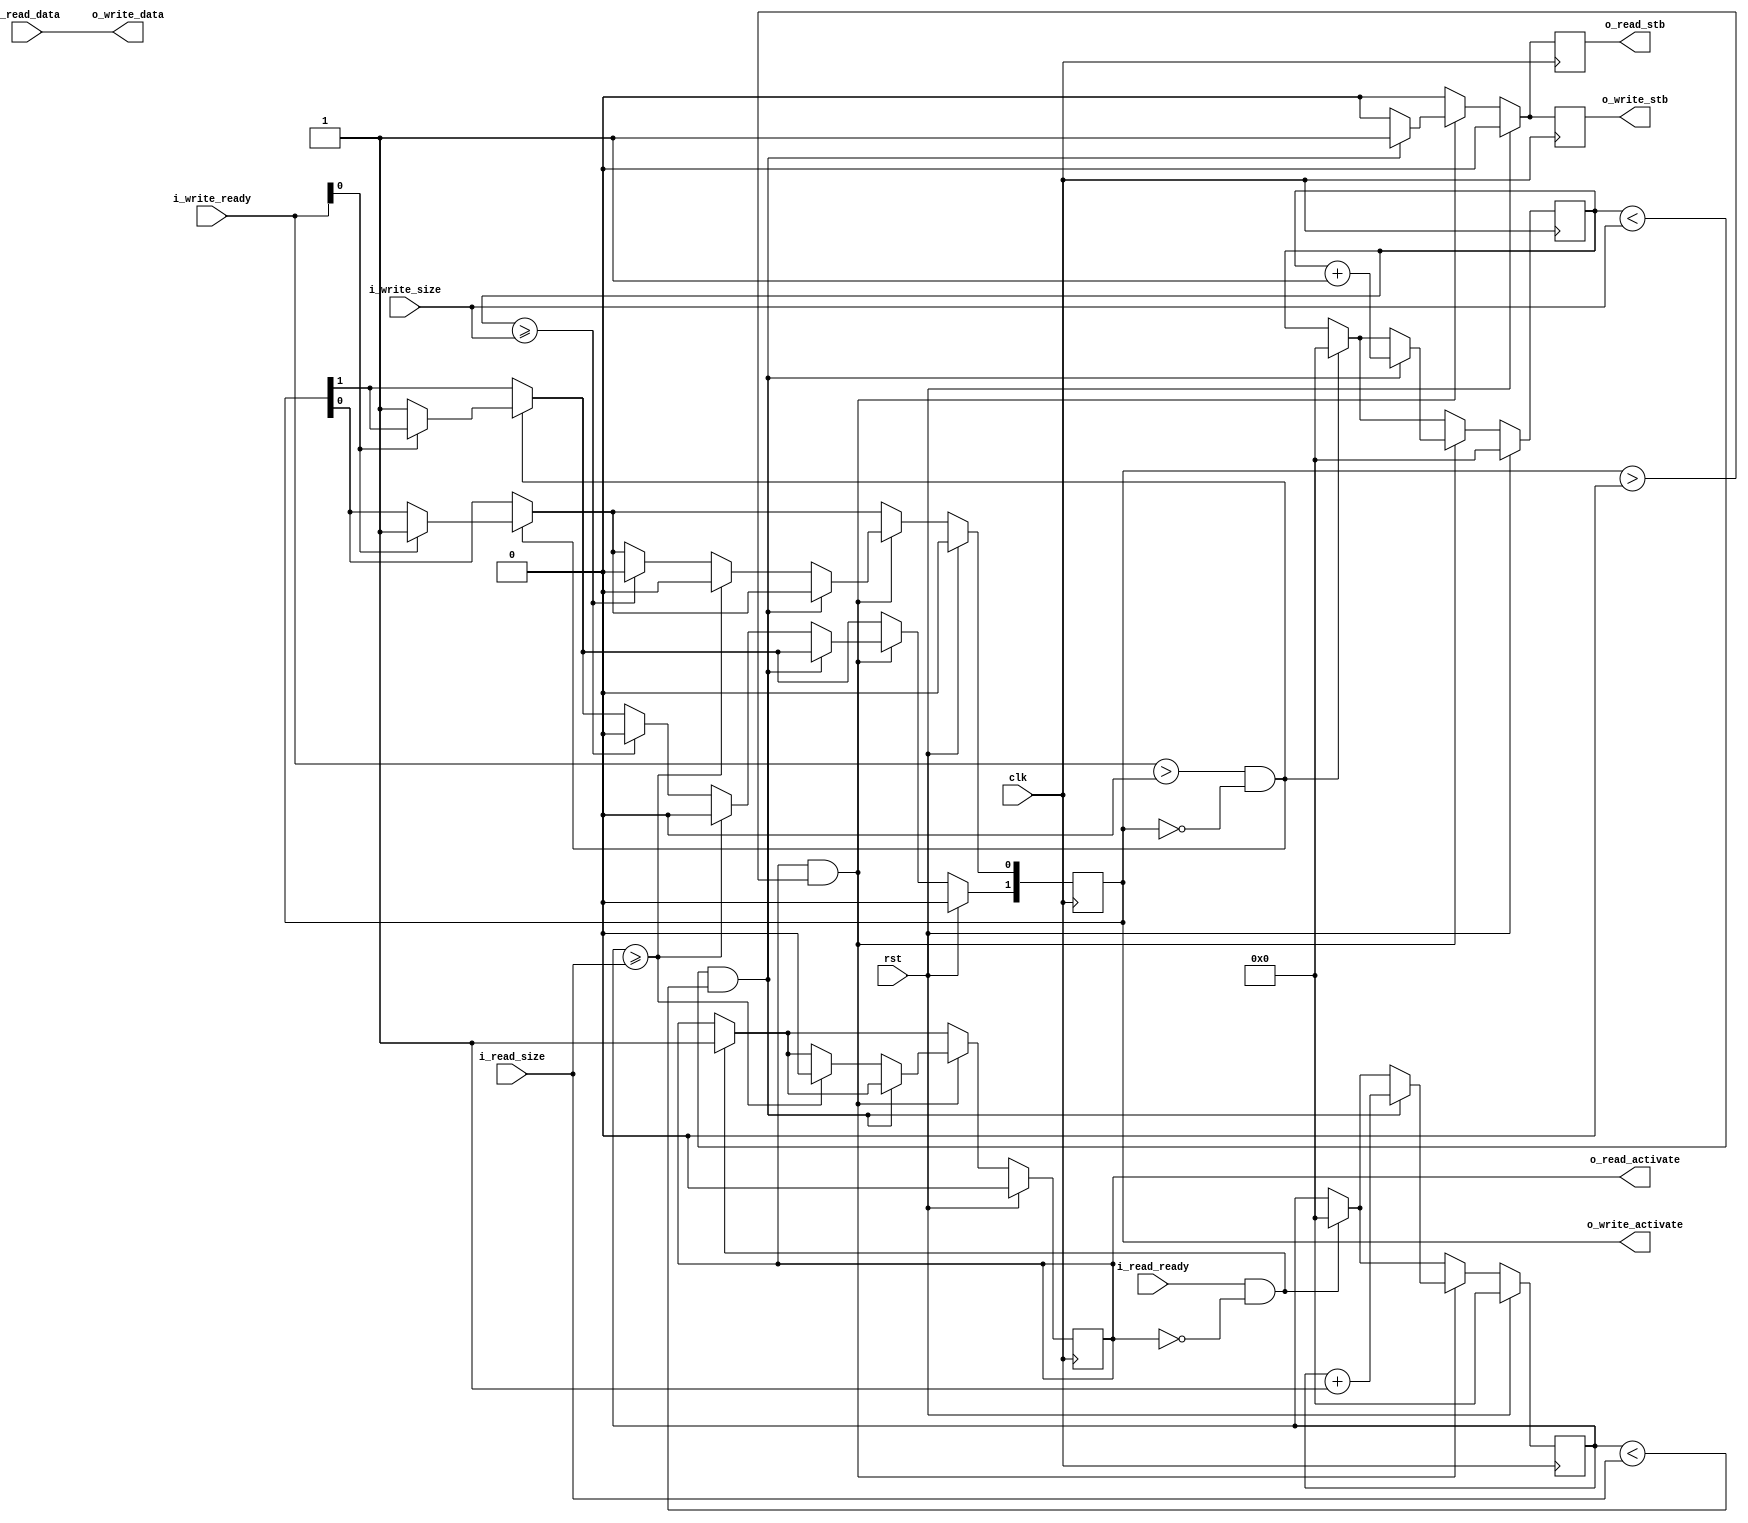
module adapter_ppfifo_2_ppfifo#(
  parameter DATA_WIDTH              = 32
)(
  input                               clk,
  input                               rst,

  input                               i_read_ready,
  output  reg                         o_read_activate,
  input           [23:0]              i_read_size,
  input           [DATA_WIDTH - 1:0]  i_read_data,
  output  reg                         o_read_stb,

  input           [1:0]               i_write_ready,
  output  reg     [1:0]               o_write_activate,
  input           [23:0]              i_write_size,
  output  reg                         o_write_stb,
  output          [DATA_WIDTH - 1:0]  o_write_data

);
//registes/wires
reg [23:0]                            read_count;
reg [23:0]                            write_count;

assign  o_write_data    = i_read_data;

always @ (posedge clk) begin
  o_read_stb                      <=  0;
  o_write_stb                     <=  0;
  if (rst) begin
    o_write_activate              <=  0;
    o_read_activate               <=  0;
    write_count                   <=  0;
    read_count                    <=  0;
  end
  else begin
    if (i_read_ready && !o_read_activate) begin
      read_count                  <=  0;
      o_read_activate             <=  1;
    end
    if ((i_write_ready > 0) && (o_write_activate == 0)) begin
      write_count                   <=  0;
      if (i_write_ready[0]) begin
        o_write_activate[0]         <=  1;
      end
      else begin
        o_write_activate[1]         <=  1;
      end
    end

    //Both FIFOs are available
    if (o_read_activate && (o_write_activate > 0)) begin
      if ((write_count < i_write_size) && (read_count < i_read_size))begin
        o_write_stb                 <=  1;
        o_read_stb                  <=  1;
        write_count                 <=  write_count + 1;
        read_count                  <=  read_count + 1;
      end
      else begin
        if (write_count >= i_write_size) begin
          o_write_activate          <=  0;
        end
        if (read_count >= i_read_size) begin
          //Both FIFOs should be released, this way the output is never blocked on the input
          o_read_activate           <=  0;
          o_write_activate          <=  0;
        end
      end
    end
  end
end

endmodule